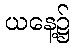
ယနေ့၌